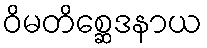
ဝိမတိစ္ဆေဒနာယ